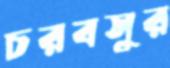
চরবসুর